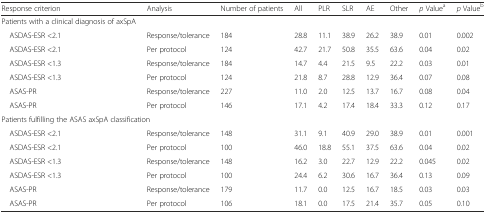
| Response criterion | Analysis | Number of patients | All | PLR | SLR | AE | Other | p Valuea | p Valueb |
 | --- | --- | --- | --- | --- | --- | --- | --- | --- | --- |
 | Patients with a clinical diagnosis of axSpA |  |  |  |  |  |  |  |  |  |
 | ASDAS-ESR <2.1 | Response/tolerance | 184 | 28.8 | 11.1 | 38.9 | 26.2 | 38.9 | 0.01 | 0.002 |
 | ASDAS-ESR <2.1 | Per protocol | 124 | 42.7 | 21.7 | 50.8 | 35.5 | 63.6 | 0.04 | 0.02 |
 | ASDAS-ESR <1.3 | Response/tolerance | 184 | 14.7 | 4.4 | 21.5 | 9.5 | 22.2 | 0.03 | 0.01 |
 | ASDAS-ESR <1.3 | Per protocol | 124 | 21.8 | 8.7 | 28.8 | 12.9 | 36.4 | 0.07 | 0.08 |
 | ASAS-PR | Response/tolerance | 227 | 11.0 | 2.0 | 12.5 | 13.7 | 16.7 | 0.08 | 0.04 |
 | ASAS-PR | Per protocol | 146 | 17.1 | 4.2 | 17.4 | 18.4 | 33.3 | 0.12 | 0.17 |
 | <COLSPAN=10> Patients fulfilling the ASAS axSpA classification |
 | ASDAS-ESR <2.1 | Response/tolerance | 148 | 31.1 | 9.1 | 40.9 | 29.0 | 38.9 | 0.01 | 0.001 |
 | ASDAS-ESR <2.1 | Per protocol | 100 | 46.0 | 18.8 | 55.1 | 37.5 | 63.6 | 0.04 | 0.02 |
 | ASDAS-ESR <1.3 | Response/tolerance | 148 | 16.2 | 3.0 | 22.7 | 12.9 | 22.2 | 0.045 | 0.02 |
 | ASDAS-ESR <1.3 | Per protocol | 100 | 24.4 | 6.2 | 30.6 | 16.7 | 36.4 | 0.13 | 0.09 |
 | ASAS-PR | Response/tolerance | 179 | 11.7 | 0.0 | 12.5 | 16.7 | 18.5 | 0.03 | 0.03 |
 | ASAS-PR | Per protocol | 106 | 18.1 | 0.0 | 17.5 | 21.4 | 35.7 | 0.05 | 0.10 |